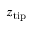
z _ { \mathrm { t i p } }